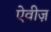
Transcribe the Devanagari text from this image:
ऐवीज़